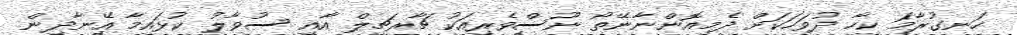
ހަނގުރާމަ ކިހާ ދުވަހަކަށް ދެމިއޮންނާނޭތޯ ނޫސްވެރިއަކު ޗާރޗިލް އާއި ސުވާލު ކުޅައިމާ އޭނާދިން